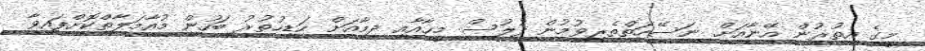
މީގެ އިތުރުން އޭނާއަށް ނަސޭހަތްތެރިވުމުން ފުލުސް މީހާއާއި ދިމާއަށް ހަޑިހުތުރު ބަހުން މުއާމަލާތްކޮށްފައިވާ